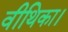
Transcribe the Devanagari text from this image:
वीथिका।